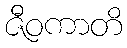
ဇီဝကာတိ